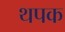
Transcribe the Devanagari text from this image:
थपक